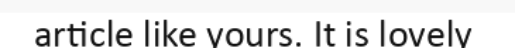
article like yours. It is lovely